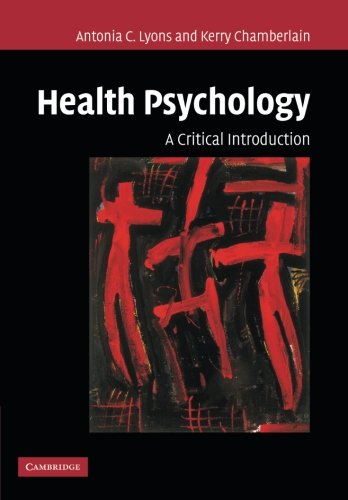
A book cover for Health Psychology: A Critical Introduction; Antonia C. Lyons; Medical Books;